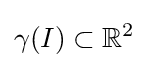
\gamma (I)\subset \mathbb {R} ^{2}